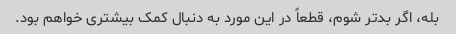
بله، اگر بدتر شوم، قطعاً در این مورد به دنبال کمک بیشتری خواهم بود.